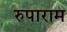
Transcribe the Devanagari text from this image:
रुपाराम